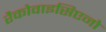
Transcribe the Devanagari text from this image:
रैकोवाइसिएनो